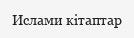
Ислами кітаптар